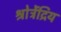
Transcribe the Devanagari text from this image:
श्रोत्रेंद्रिय